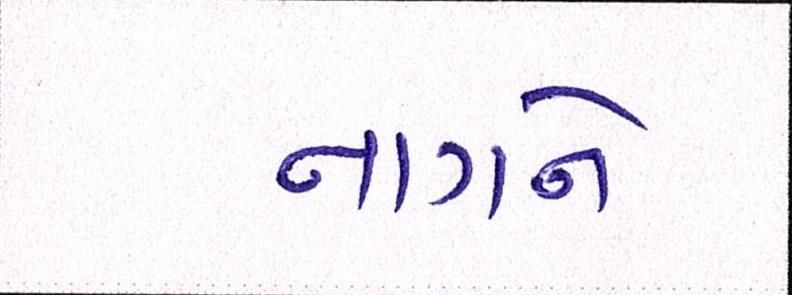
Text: નાગને